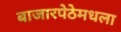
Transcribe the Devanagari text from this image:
बाजारपेठेमधला